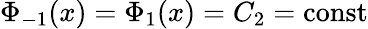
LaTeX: \Phi_{-1}(x)=\Phi_{1}(x)=C_{2}=\mathrm{const}